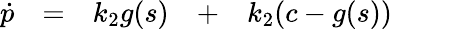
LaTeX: \begin{array}{rcccccl}{\dot{p}}&{=}&{k_{2}g(s)}&{+}&{k_{2}(c-g(s))}&{}&{}\end{array}